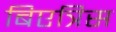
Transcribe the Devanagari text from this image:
बिएत्रिस